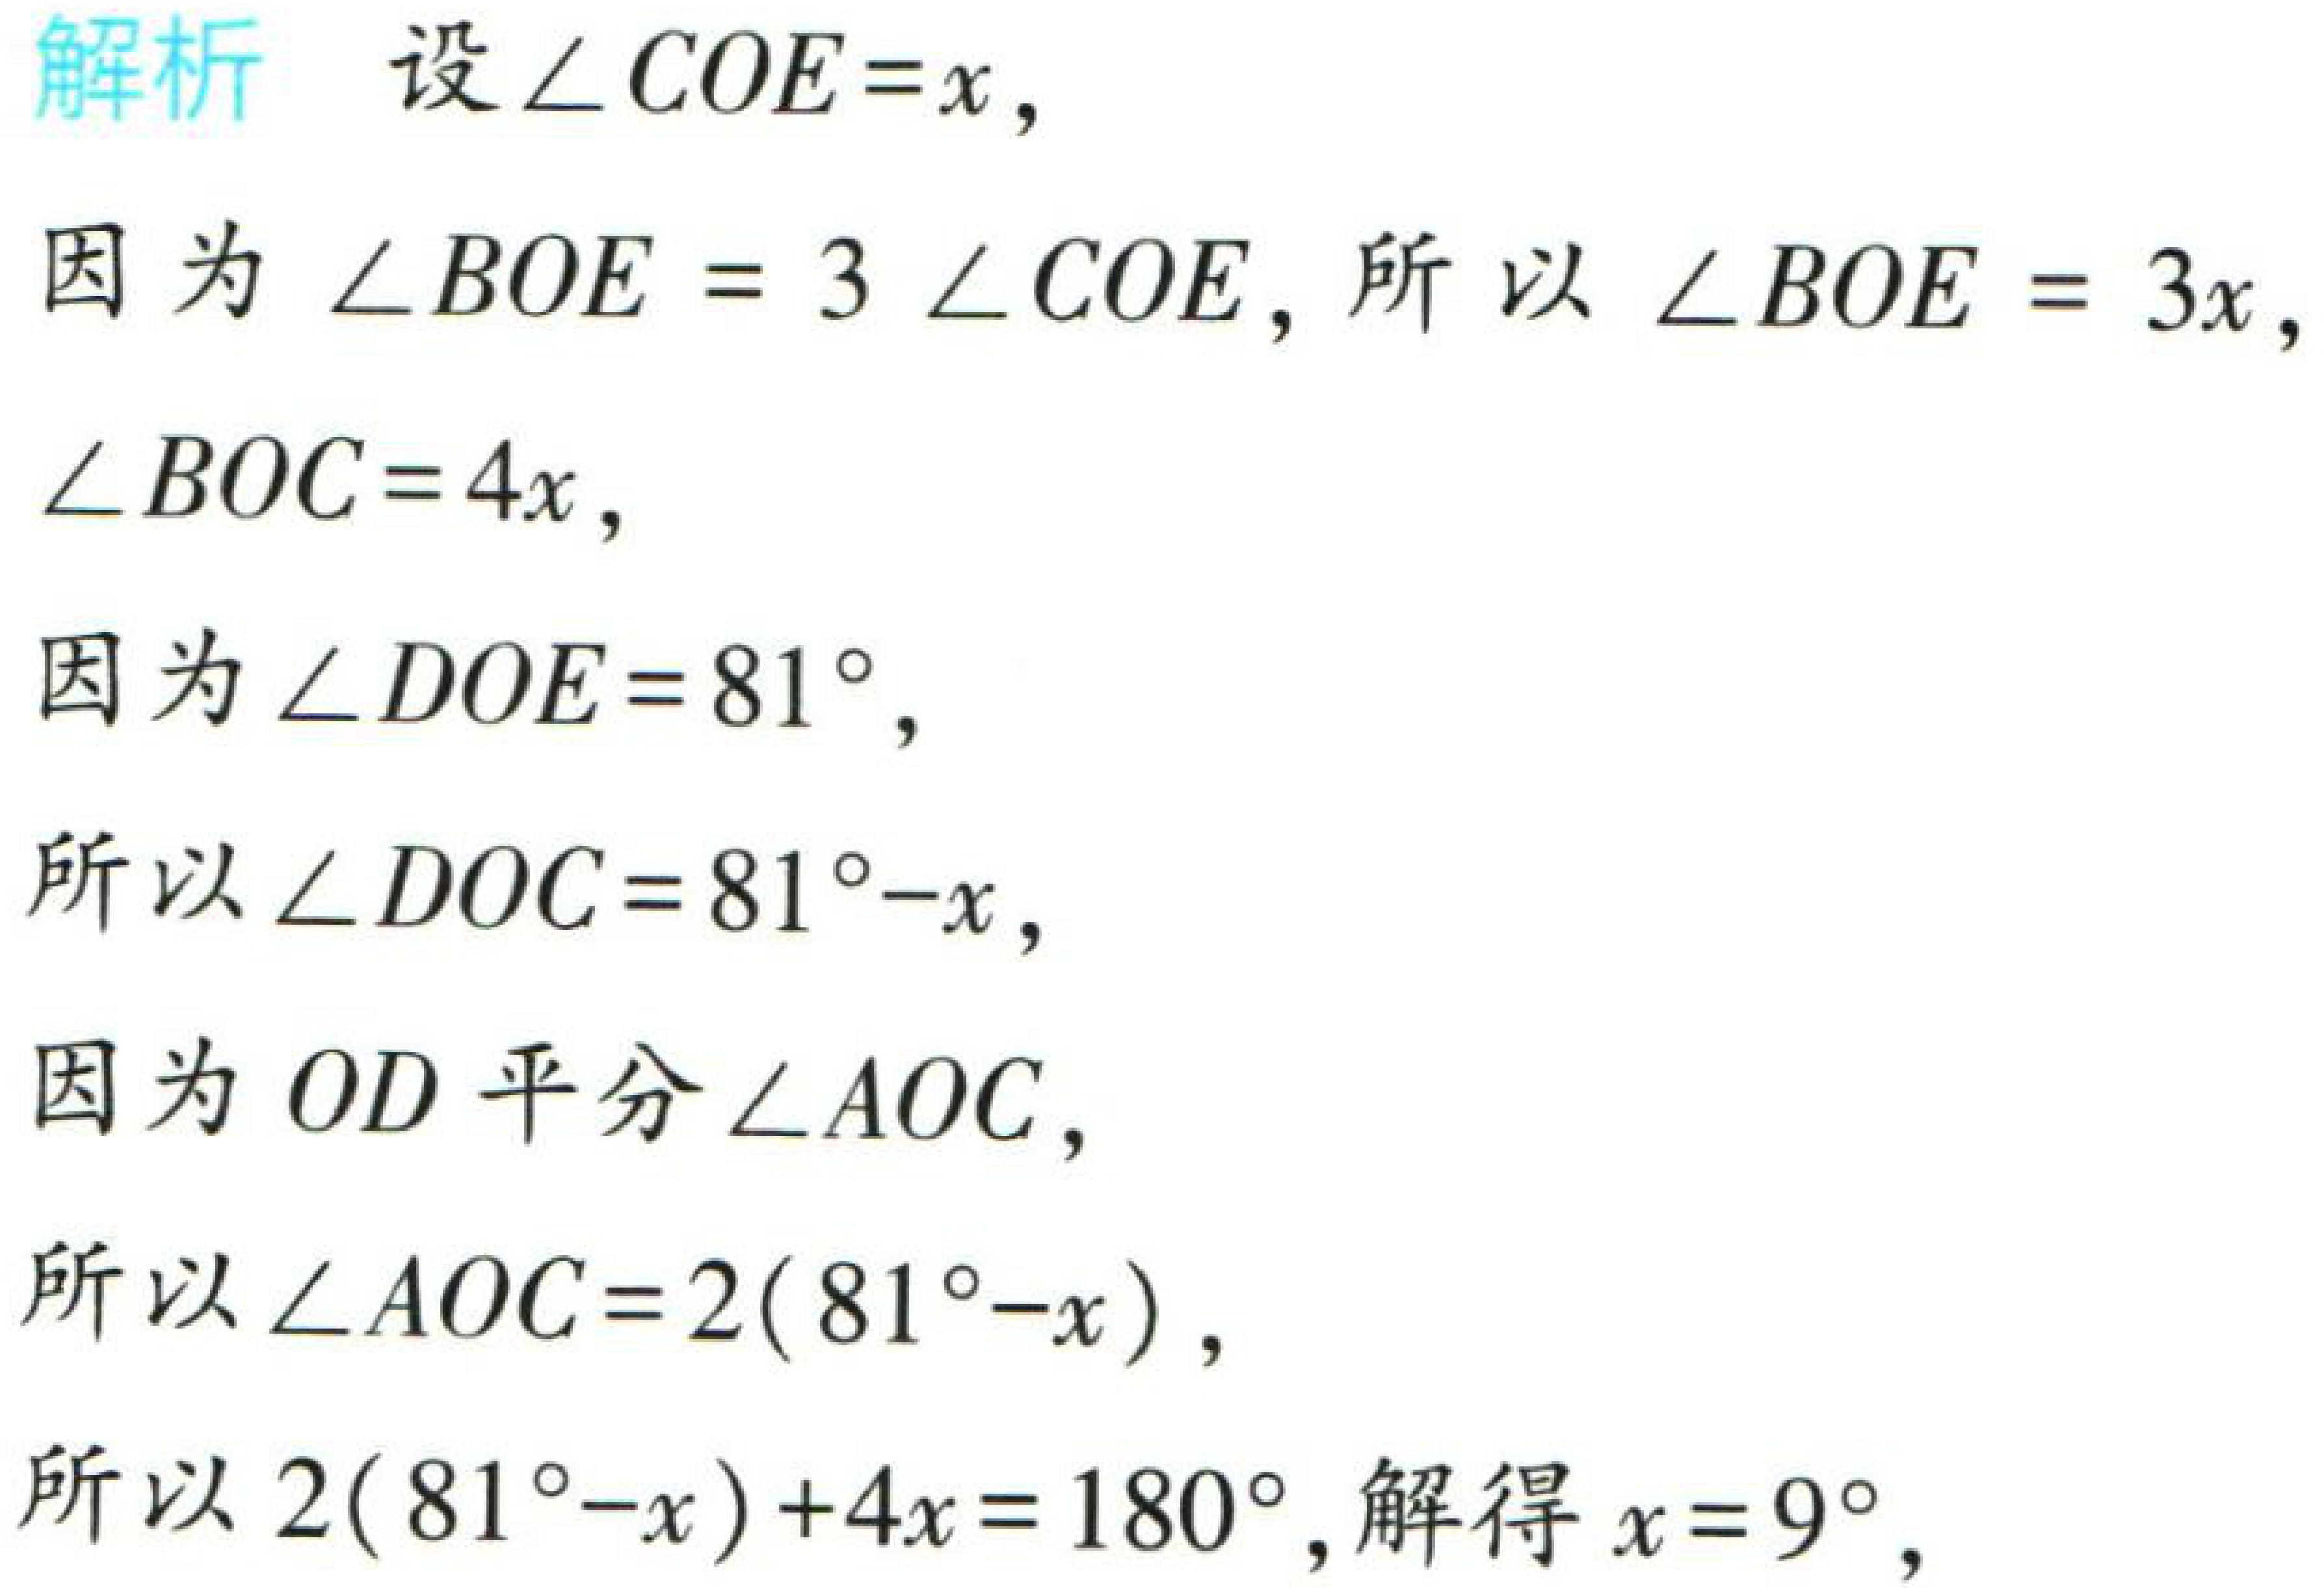
解析 设\(\angle COE = x\)，

因为\(\angle BOE = 3\angle COE\)，所以\(\angle BOE = 3x\)，

\(\angle BOC = 4x\)，

因为\(\angle DOE = 81^{\circ}\)，

所以\(\angle DOC = 81^{\circ}-x\)，

因为\(OD\)平分\(\angle AOC\)，

所以\(\angle AOC = 2(81^{\circ}-x)\)，

所以\(2(81^{\circ}-x)+4x = 180^{\circ}\)，解得\(x = 9^{\circ}\)，